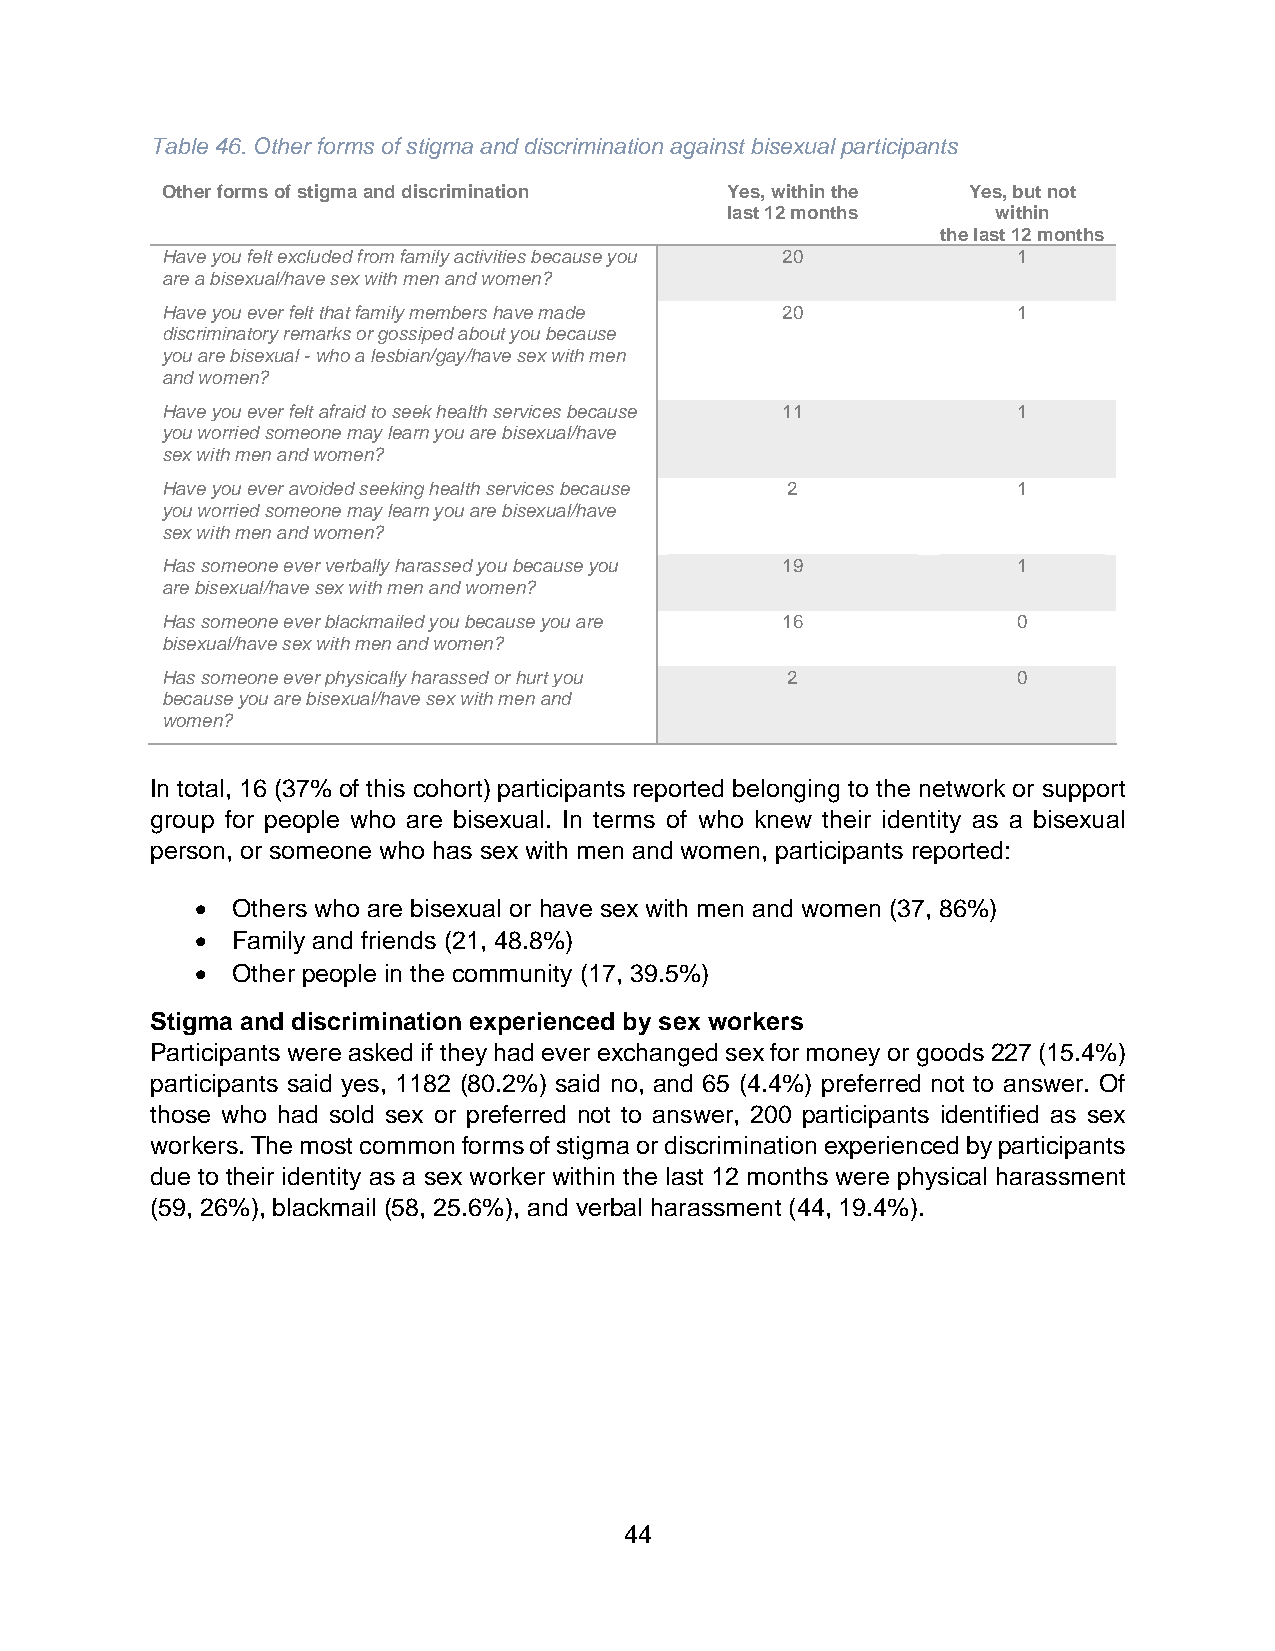
Table 46. Other forms of stigma and discrimination against bisexual participants
 Other forms of stigma and discrimination Yes, within the Yes, but not
 last 12 months    within
 the last 12 months
 Have you felt excluded from family activities because you 20 1
 are a bisexual/have sex with men and women?
 Have you ever felt that family members have made 20     1
 discriminatory remarks or gossiped about you because
 you are bisexual - who a lesbian/gay/have sex with men
 and women?
 Have you ever felt afraid to seek health services because 11 1
 you worried someone may learn you are bisexual/have
 sex with men and women?
 Have you ever avoided seeking health services because 2 1
 you worried someone may learn you are bisexual/have
 sex with men and women?
 Has someone ever verbally harassed you because you 19   1
 are bisexual/have sex with men and women?
 Has someone ever blackmailed you because you are 16     0
 bisexual/have sex with men and women?
 Has someone ever physically harassed or hurt you 2      0
 because you are bisexual/have sex with men and
 women?
 In total, 16 (37% of this cohort) participants reported belonging to the network or support
 group for people who are bisexual. In terms of who knew their identity as a bisexual
 person, or someone who has sex with men and women, participants reported:
 • Others who are bisexual or have sex with men and women (37, 86%)
 • Family and friends (21, 48.8%)
 • Other people in the community (17, 39.5%)
 Stigma and discrimination experienced by sex workers
 Participants were asked if they had ever exchanged sex for money or goods 227 (15.4%)
 participants said yes, 1182 (80.2%) said no, and 65 (4.4%) preferred not to answer. Of
 those who had sold sex or preferred not to answer, 200 participants identified as sex
 workers. The most common forms of stigma or discrimination experienced by participants
 due to their identity as a sex worker within the last 12 months were physical harassment
 (59, 26%), blackmail (58, 25.6%), and verbal harassment (44, 19.4%).
 44